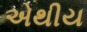
એથીય